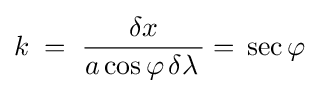
k\;=\;{\dfrac {\delta x}{a\cos \varphi \,\delta \lambda \,}}=\,\sec \varphi